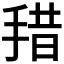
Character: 𰓽